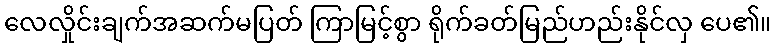
လေလှိုင်းချက်အဆက်မပြတ် ကြာမြင့်စွာ ရိုက်ခတ်မြည်ဟည်းနိုင်လှ ပေ၏။